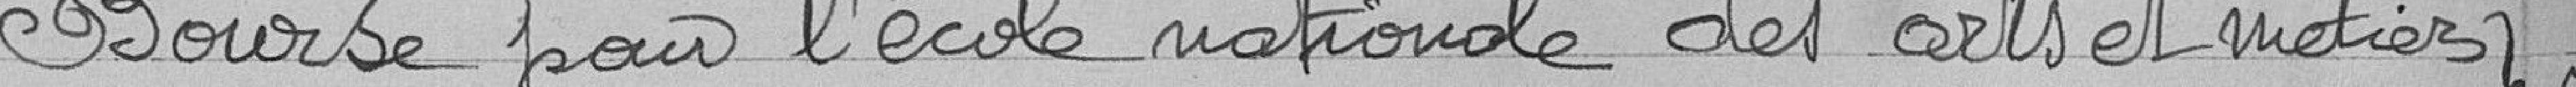
Bourse pour l'école nationale des arts et métier